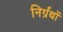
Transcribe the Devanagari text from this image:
निर्ग्रंथों